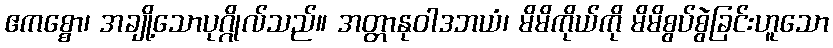
ဧကစ္စော၊ အချို့သောပုဂ္ဂိုလ်သည်။ အတ္တာနုဝါဒဘယံ၊ မိမိကိုယ်ကို မိမိစွပ်စွဲခြင်းဟူသော